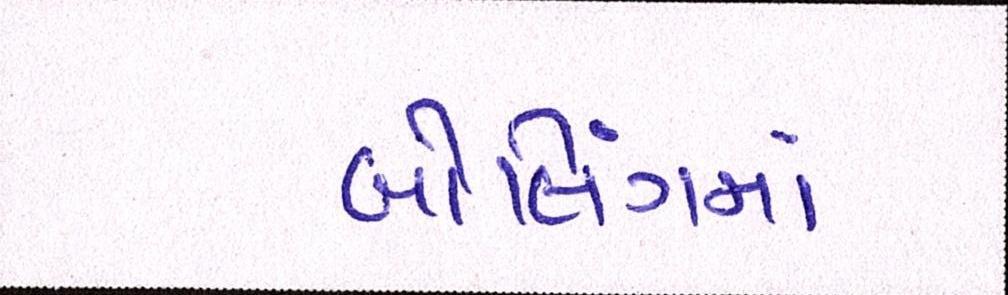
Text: બોલિંગમાં